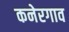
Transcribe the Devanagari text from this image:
कनेरगाव